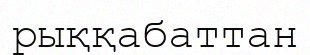
рыққабаттан